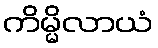
ကိမ္မိလာယံ